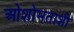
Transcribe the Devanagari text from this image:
ओशोमताशी